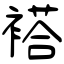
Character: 褡